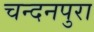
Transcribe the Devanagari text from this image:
चन्दनपुरा